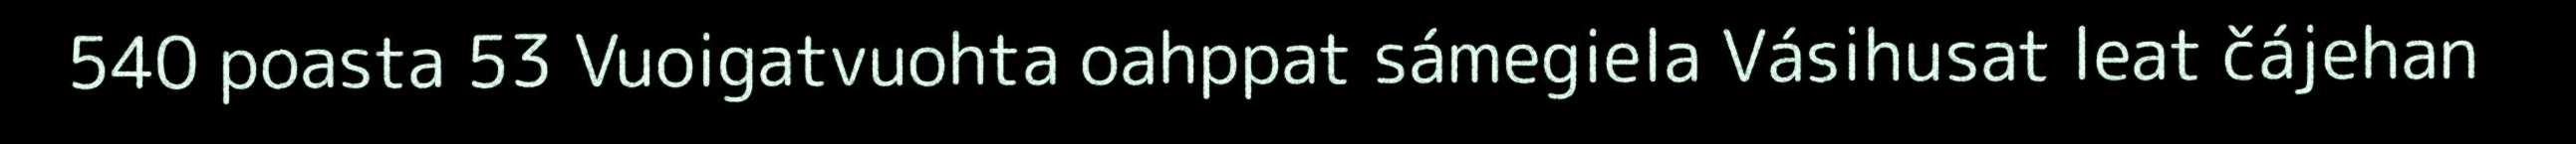
540 poasta 53 Vuoigatvuohta oahppat sámegiela Vásihusat leat čájehan